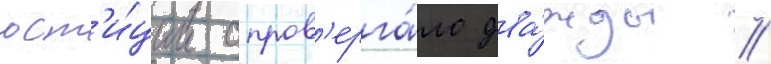
юст'и́ции опров'ерга́ло два́жды //